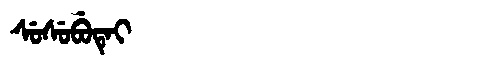
Manchu: ᠰᡠᠰᡠᠪᡠᡨᡝᡳ
Romanization: SUSUBUTEI